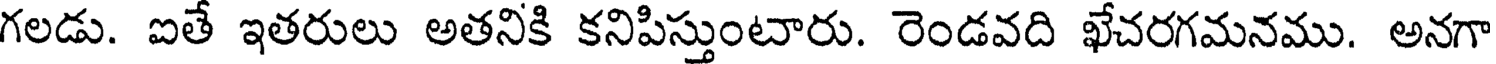
గలడు. ఐతే ఇతరులు అతనికి కనిపిస్తుంటారు. రెండవది ఖేచరగమనము. అనగా